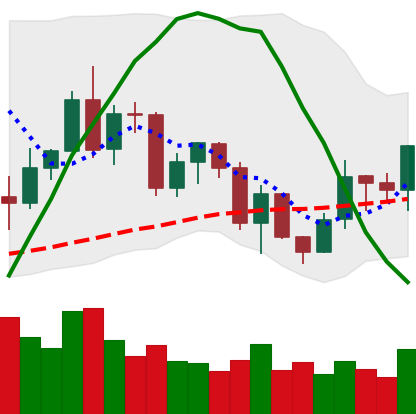
Ticker: LINK-USD
Chart end date: 2020-12-16
Forward return: -8.245%
Label: down_7plus